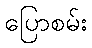
ပြောစမ်း